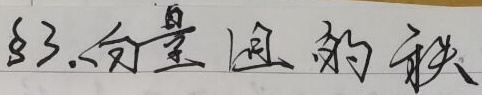
83.匀变速直线